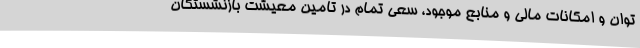
توان و امکانات مالی و منابع موجود، سعی تمام در تامین معیشت بازنشستگان